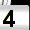
Digit: 3